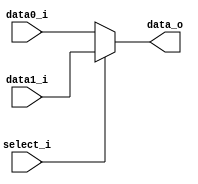
/***************************************************
Student Name: 
Student ID: 
***************************************************/

`timescale 1ns/1ps

module MUX_2to1(
	input  [31:0] data0_i,       
	input  [31:0] data1_i,
	input         select_i,
	output [31:0] data_o
    );			   

reg [32-1:0] data_out;   
/* Write your code HERE */
always@(*)begin
	if(!select_i) begin//sel=0 output_Z=input_A
		data_out = data0_i;
	end
	else begin//sel=1 output_Z=input_B
		data_out = data1_i;
	end
end

assign data_o = data_out;   



endmodule